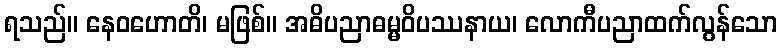
ရသည်။ နေဝဟောတိ၊ မဖြစ်။ အဓိပညာဓမ္မဝိပဿနာယ၊ လောကီပညာထက်လွန်သော